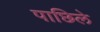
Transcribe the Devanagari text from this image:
पाछिले